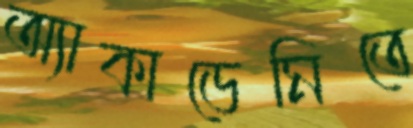
অ্যাকাডেমিতে